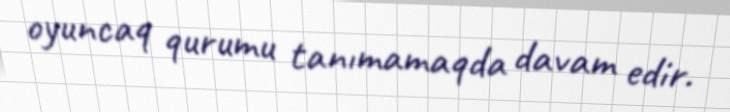
oyuncaq qurumu tanımamaqda davam edir.